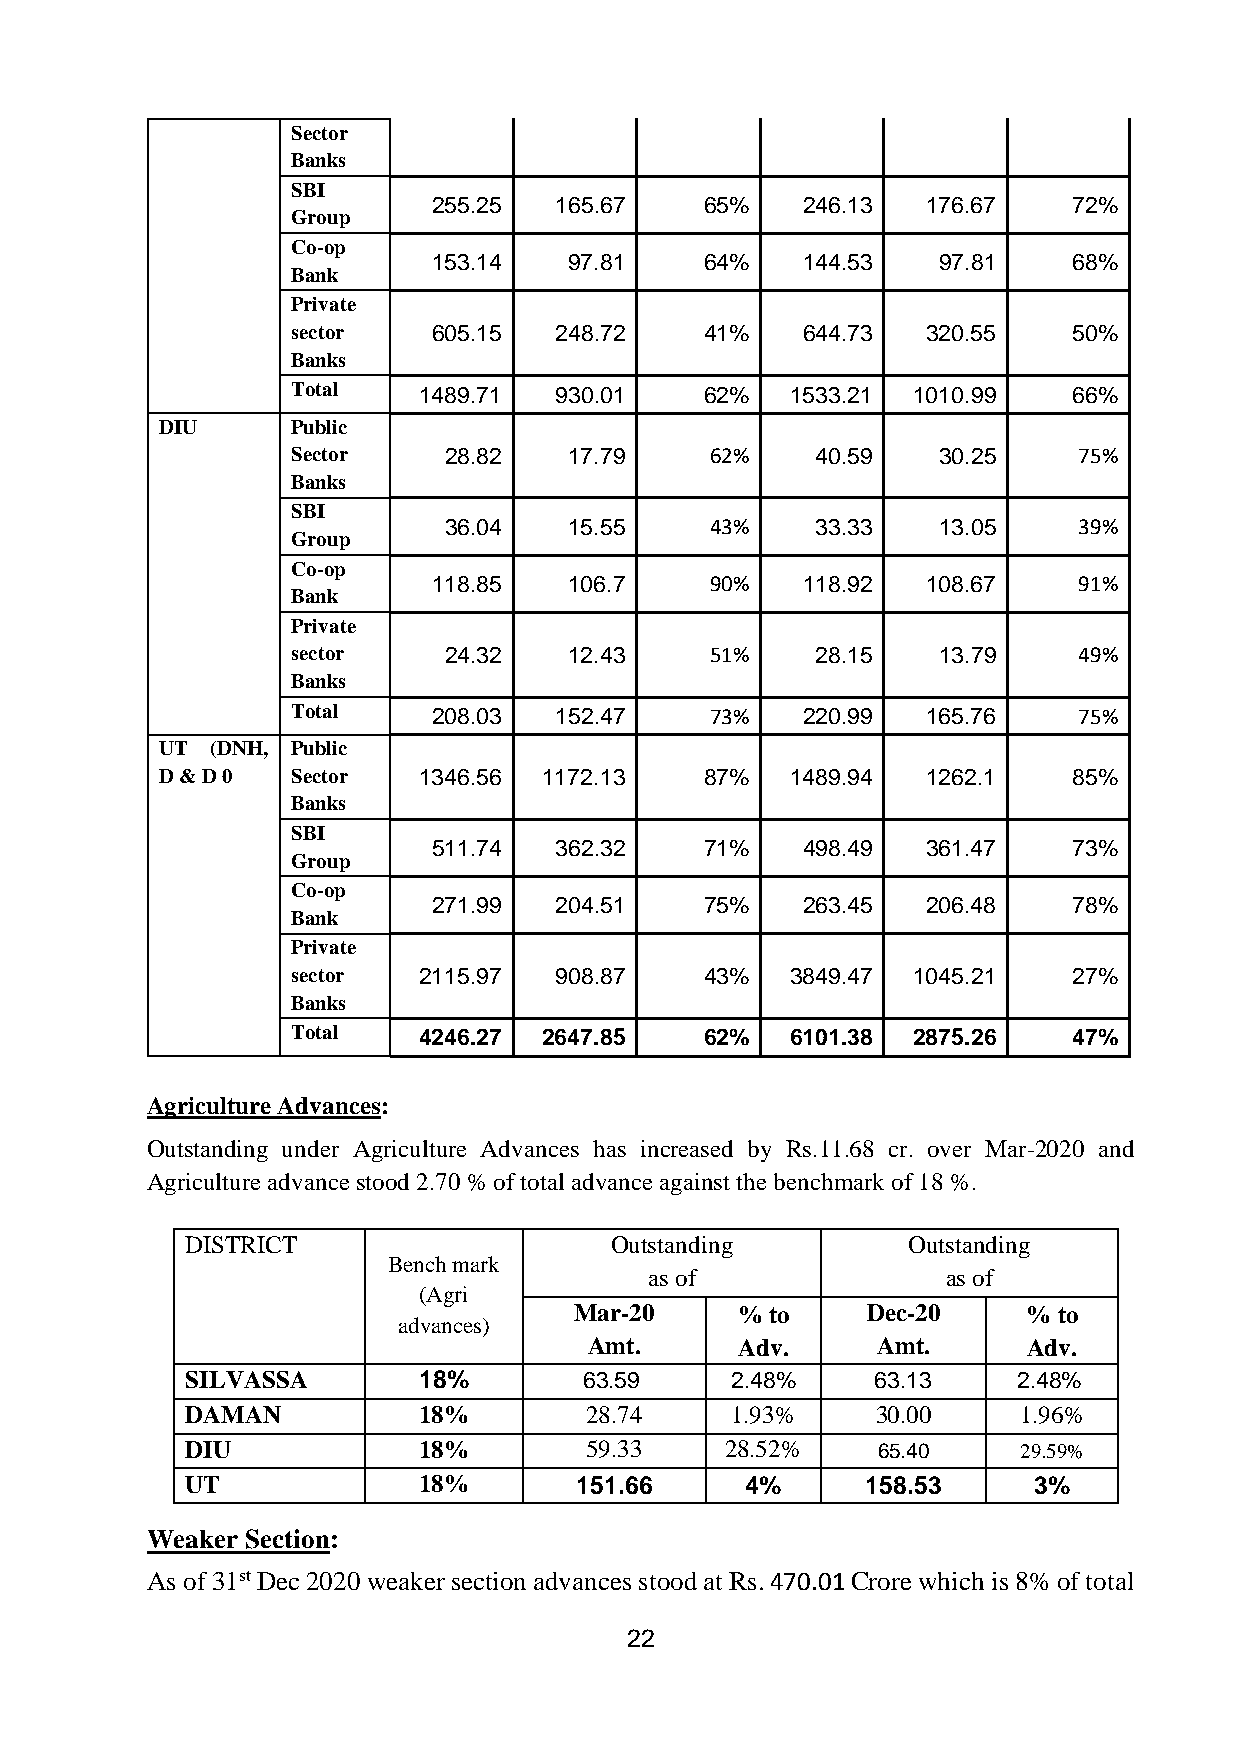
Sector
 Banks
 SBI
 255.25  165.67    65%   246.13  176.67    72%
 Group
 Co-op
 153.14   97.81    64%   144.53   97.81    68%
 Bank
 Private
 sector    605.15  248.72    41%   644.73  320.55    50%
 Banks
 Total    1489.71  930.01    62%  1533.21 1010.99    66%
 DIU     Public
 Sector    28.82    17.79    62%    40.59   30.25    75%
 Banks
 SBI
 36.04    15.55    43%    33.33   13.05    39%
 Group
 Co-op
 118.85   106.7    90%   118.92  108.67    91%
 Bank
 Private
 sector    24.32    12.43    51%    28.15   13.79    49%
 Banks
 Total     208.03  152.47    73%   220.99  165.76    75%
 UT (DNH, Public
 D & D 0 Sector   1346.56 1172.13    87%  1489.94  1262.1    85%
 Banks
 SBI
 511.74  362.32    71%   498.49  361.47    73%
 Group
 Co-op
 271.99  204.51    75%   263.45  206.48    78%
 Bank
 Private
 sector   2115.97  908.87    43%  3849.47 1045.21    27%
 Banks
 Total    4246.27 2647.85    62%  6101.38 2875.26    47%
 Agriculture Advances:
 Outstanding under Agriculture Advances has increased by Rs.11.68 cr. over Mar-2020 and
 Agriculture advance stood 2.70 % of total advance against the benchmark of 18 %.
 DISTRICT                    Outstanding         Outstanding
 Bench mark
 as of               as of
 (Agri
 Mar-20     % to    Dec-20     % to
 advances)
 Amt.      Adv.     Amt.      Adv.
 SILVASSA        18%        63.59    2.48%     63.13    2.48%
 DAMAN           18%        28.74    1.93%     30.00    1.96%
 DIU             18%        59.33    28.52%    65.40    29.59%
 UT              18%       151.66     4%      158.53     3%
 Weaker Section:
 As of 31st Dec 2020 weaker section advances stood at Rs. 470.01 Crore which is 8% of total
 22